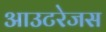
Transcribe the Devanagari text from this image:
आउटरेजस